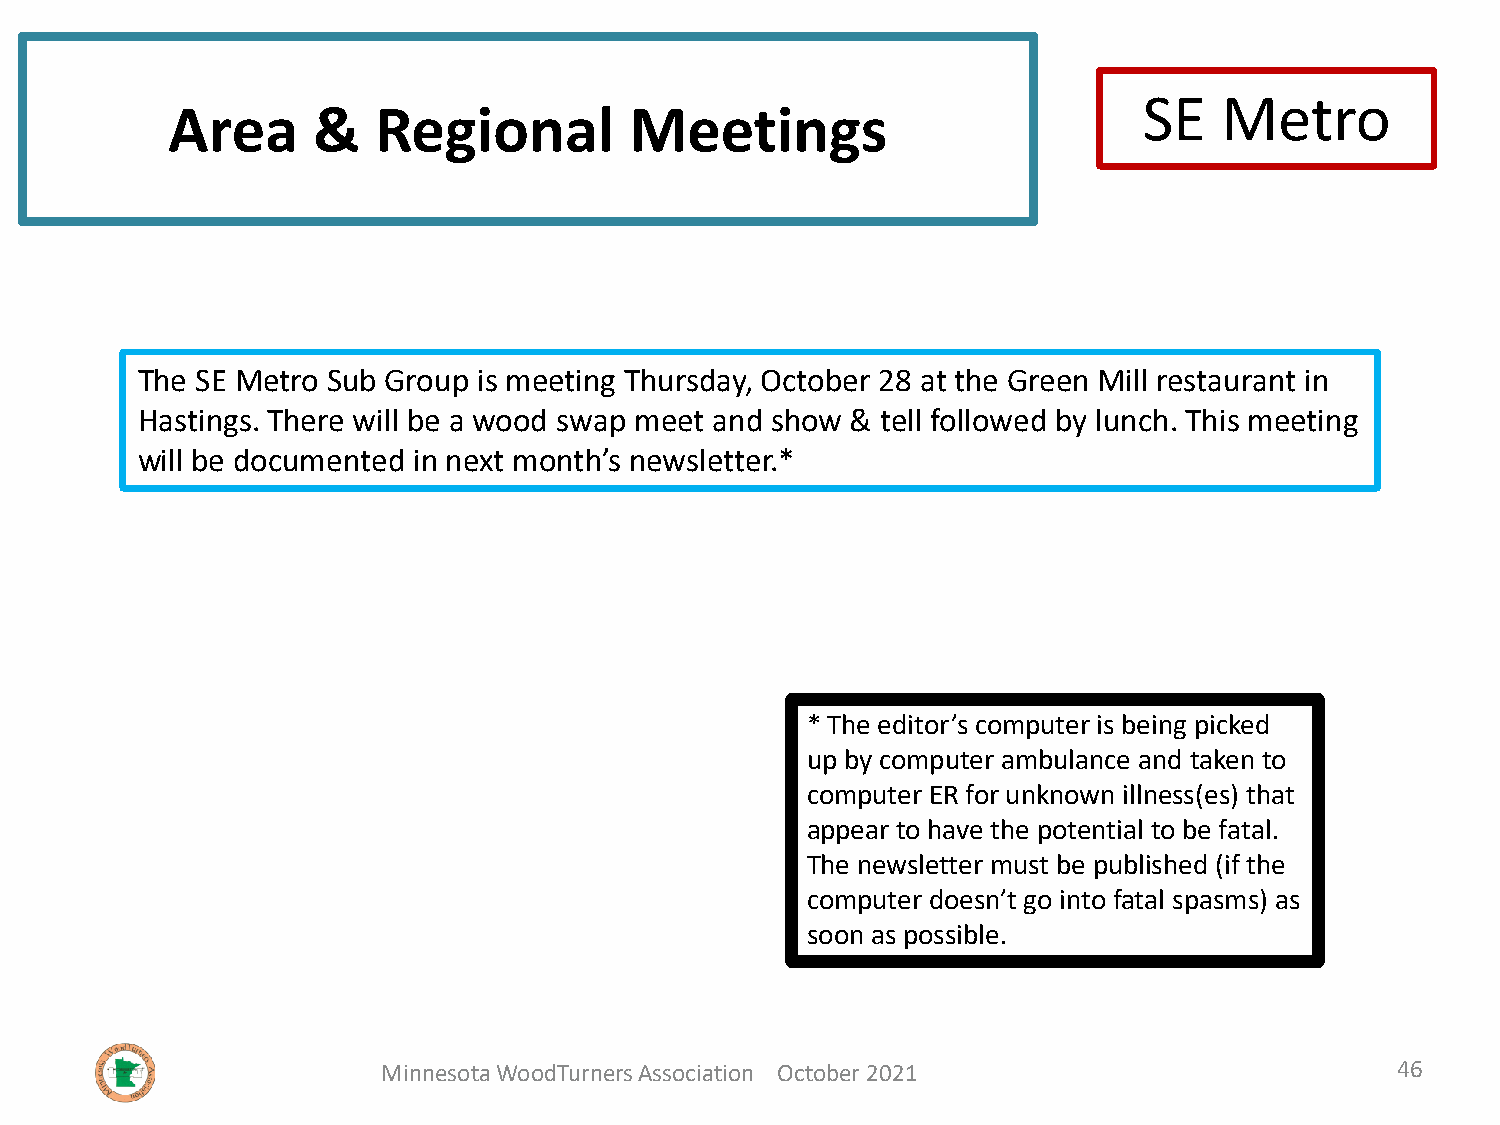
SE   Metro
 Area      &   Regional         Meetings
 The SE Metro Sub Group is meeting Thursday, October 28 at the Green Mill restaurant in
 Hastings. There will be a wood swap meet and show & tell followed by lunch. This meeting
 will be documented in next month’s newsletter.*
 * The editor’s computer is being picked
 up by computer ambulance and taken to
 computer ER for unknown illness(es) that
 appear to have the potential to be fatal.
 The newsletter must be published (if the
 computer doesn’t go into fatal spasms) as
 soon as possible.
 Minnesota WoodTurners Association October 2021                     46